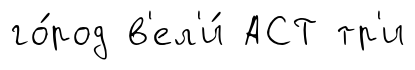
го́род в'ел'и́ АСТ тр'и